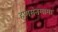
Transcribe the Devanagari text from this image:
हणमंतमामा